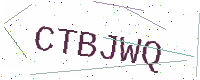
Text: CTBJWQ